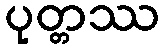
ပုတ္တဿ